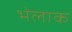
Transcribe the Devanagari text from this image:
भेलाक